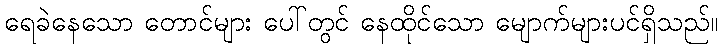
ရေခဲနေသော တောင်များ ပေါ်တွင် နေထိုင်သော မျောက်များပင်ရှိသည်။